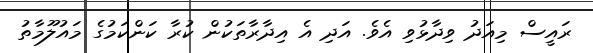
ރައީސް މިއަދު ވިދާޅުވި އެވެ. އަދި އެ އިދާރާތަކުން ކުރާ ކަންކަމުގެ މައުލޫމާތު